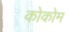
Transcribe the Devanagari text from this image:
कोकोम